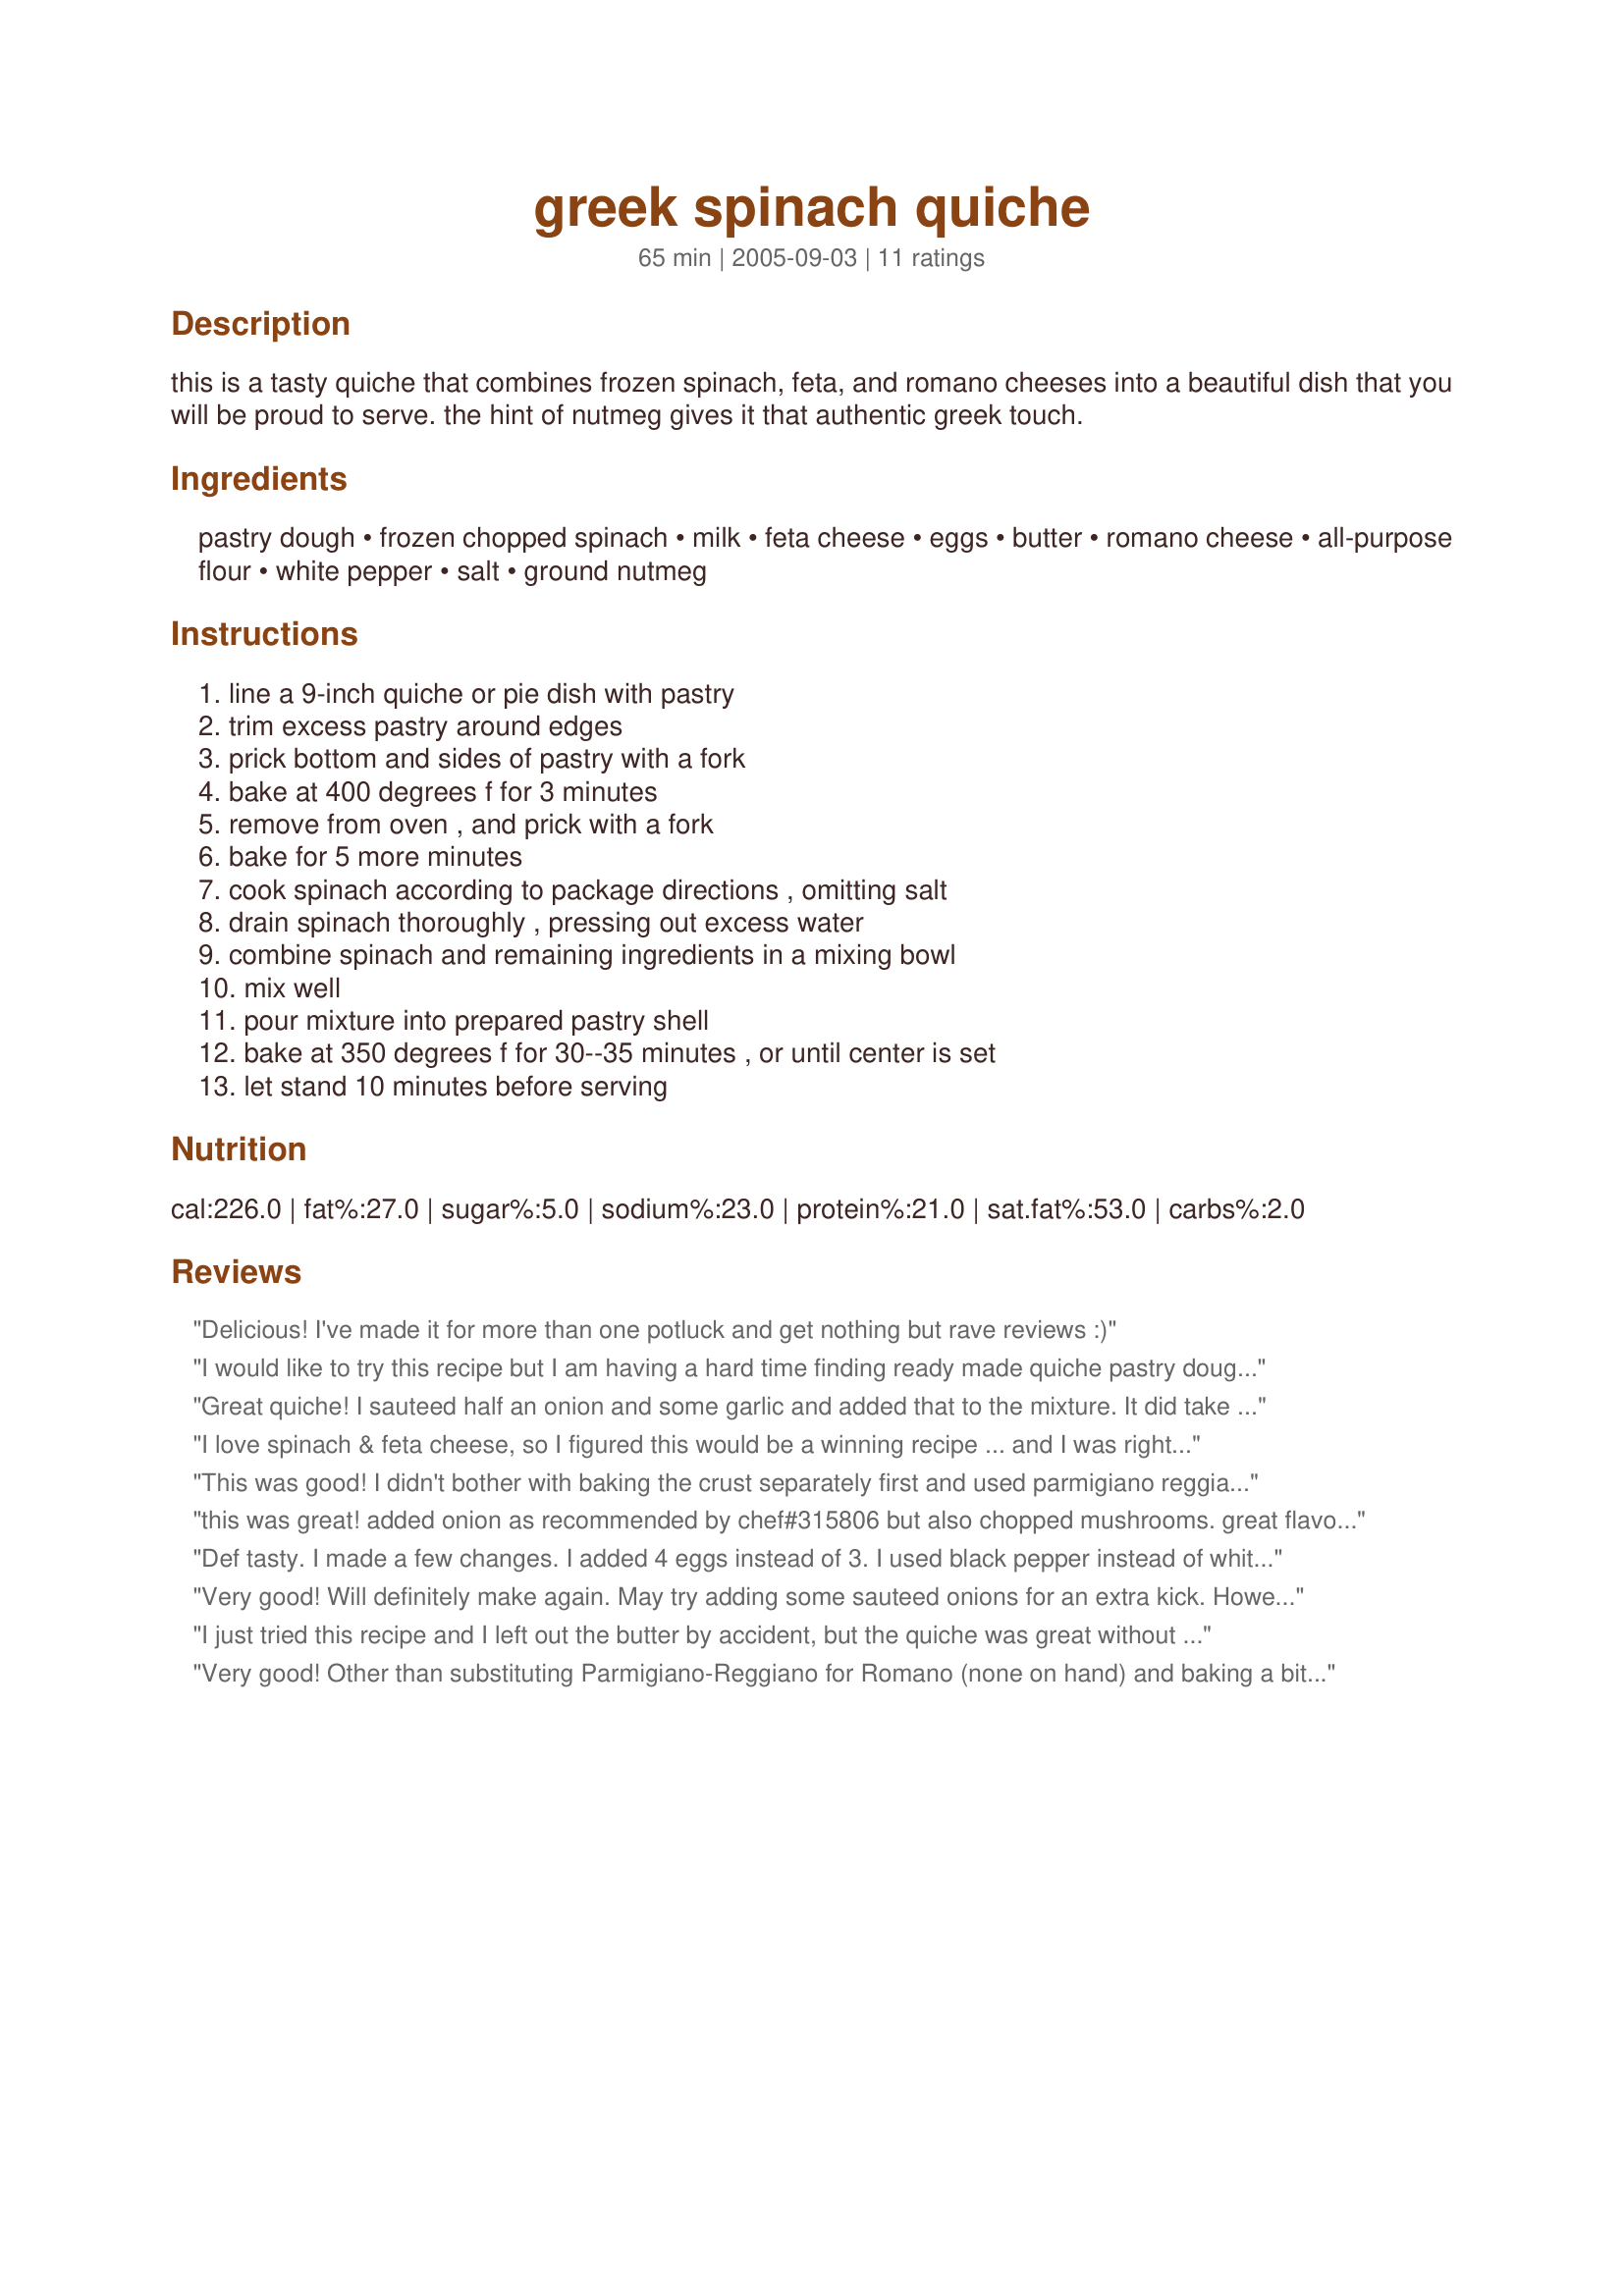
greek spinach quiche
Preparation time: 65 minutes

this is a tasty quiche that combines frozen spinach, feta, and romano cheeses into a beautiful dish that you will be proud to serve. the hint of nutmeg gives it that authentic greek touch.

Ingredients:
pastry dough, frozen chopped spinach, milk, feta cheese, eggs, butter, romano cheese, all-purpose flour, white pepper, salt, ground nutmeg

Steps:
line a 9-inch quiche or pie dish with pastry, trim excess pastry around edges, prick bottom and sides of pastry with a fork, bake at 400 degrees f for 3 minutes, remove from oven , and prick with a fork, bake for 5 more minutes, cook spinach according to package directions , omitting salt, drain spinach thoroughly , pressing out excess water, combine spinach and remaining ingredients in a mixing bowl, mix well, pour mixture into prepared pastry shell, bake at 350 degrees f for 30--35 minutes , or until center is set, let stand 10 minutes before serving

Reviews:
Delicious! I've made it for more than one potluck and get nothing but rave reviews :)
I would like to try this recipe but I am having a hard time finding ready made quiche pastry dough. Perhaps someone could attach to this recipe a do it yourself pastry dough!
Great quiche! I sauteed half an onion and some garlic and added that to the mixture. It did take a bit longer than the time listed, but totally worth the wait. Thanks for posting!
I love spinach & feta cheese, so I figured this would be a winning recipe ... and I was right! To add some extra flavor, I chopped & sauteed a small sweet onion in olive oil until it was soft & lightly caramelized, then tossed in a few fresh mushrooms (sliced) that I had on hand, as well as a couple of small cloves of garlic (minced). I let the onion mixture cool while I drained the spinach & added the other ingredients - then added the onion mixture & poured it into the prepared pastry. (Note: I didn't even bother cooking the spinach - just thawed it out & squeezed it dry.) The quiche baked perfectly without overflowing, and came out of the oven looking as pretty as GaylaJ's picture! I had a small piece while it was still warm and it was sooo good. Had another piece for my lunch today, and it was even better since it had cooled overnight in the fridge & the flavors melded together. Excellent! I will make this again - thanks for posting! -M =)
This was good! I didn't bother with baking the crust separately first and used parmigiano reggiano instead of romano as that's what I had on hand. It took an hour to bake (twice as long as the directions stated). Thanks for sharing!
this was great! added onion as recommended by chef#315806 but also chopped mushrooms. great flavour. may add more parmasan for top before baking next time!
Def tasty. I made a few changes. I added 4 eggs instead of 3. I used black pepper instead of white pepper. I also added a little diced onion. The onion really kicked it up a notch.
Very good! Will definitely make again. May try adding some sauteed onions for an extra kick. However, it did take about twice as long to cook as recommended.
I just tried this recipe and I left out the butter by accident, but the quiche was great without it. So if anyone wants a healthier version, it's still good with no butter. Also, I used black pepper b/c it's all I had on hand and 2 dashes of nutmeg. Loved this quiche and will definitely make it again!
Very good! Other than substituting Parmigiano-Reggiano for Romano (none on hand) and baking a bit longer than called for, I made no changes to the recipe. We really enjoyed it--thanks for posting!
I was going to post this recipe! I found it on another website years ago. It was the first quiche I ever made and the only one I make. I only diverted once, and while still good, not as good or as healthy. The recipe "Electric Mixer Pie Crust" works as a great crust for this. Also, I never use frozen spinach. Always fresh. I add lots of veggies or even just turkey bacon& leeks with other types of cheeses. Thanks! Now I never have to post this.
